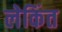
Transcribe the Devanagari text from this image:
लेकिंत